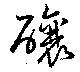
醸